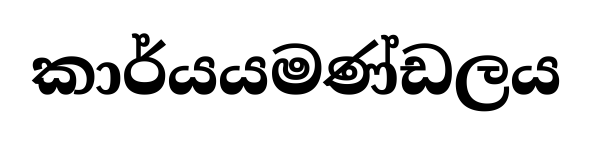
කාර්යයමණ්ඩලය